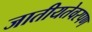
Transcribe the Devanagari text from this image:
जातीयतेवरपण